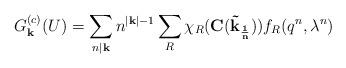
LaTeX: \begin{align*}G_{{\bf k}}^{(c)}(U)=\sum_{n|{\bf k}}n^{|{\bf k}|-1}\sum_R\chi_R({\bf C(\vec k_{1 \over n})}) f_R(q^n,\lambda^n)\end{align*}